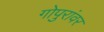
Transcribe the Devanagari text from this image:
गोपुरांवर